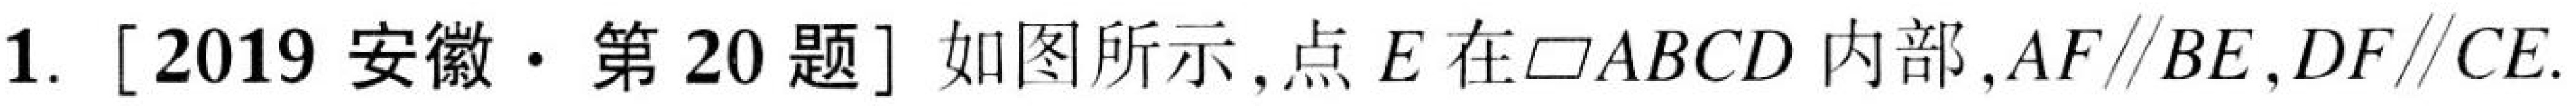
1. [2019安徽·第20题] 如图所示,点\(E\)在\(\square ABCD\)内部,\(AF\parallel BE,DF\parallel CE\).